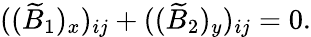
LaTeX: ((\widetilde{B}_{1})_{x})_{ij}+((\widetilde{B}_{2})_{y})_{ij}=0.